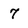
Character: 7